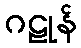
ဂဠုန်